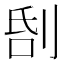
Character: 𠜜